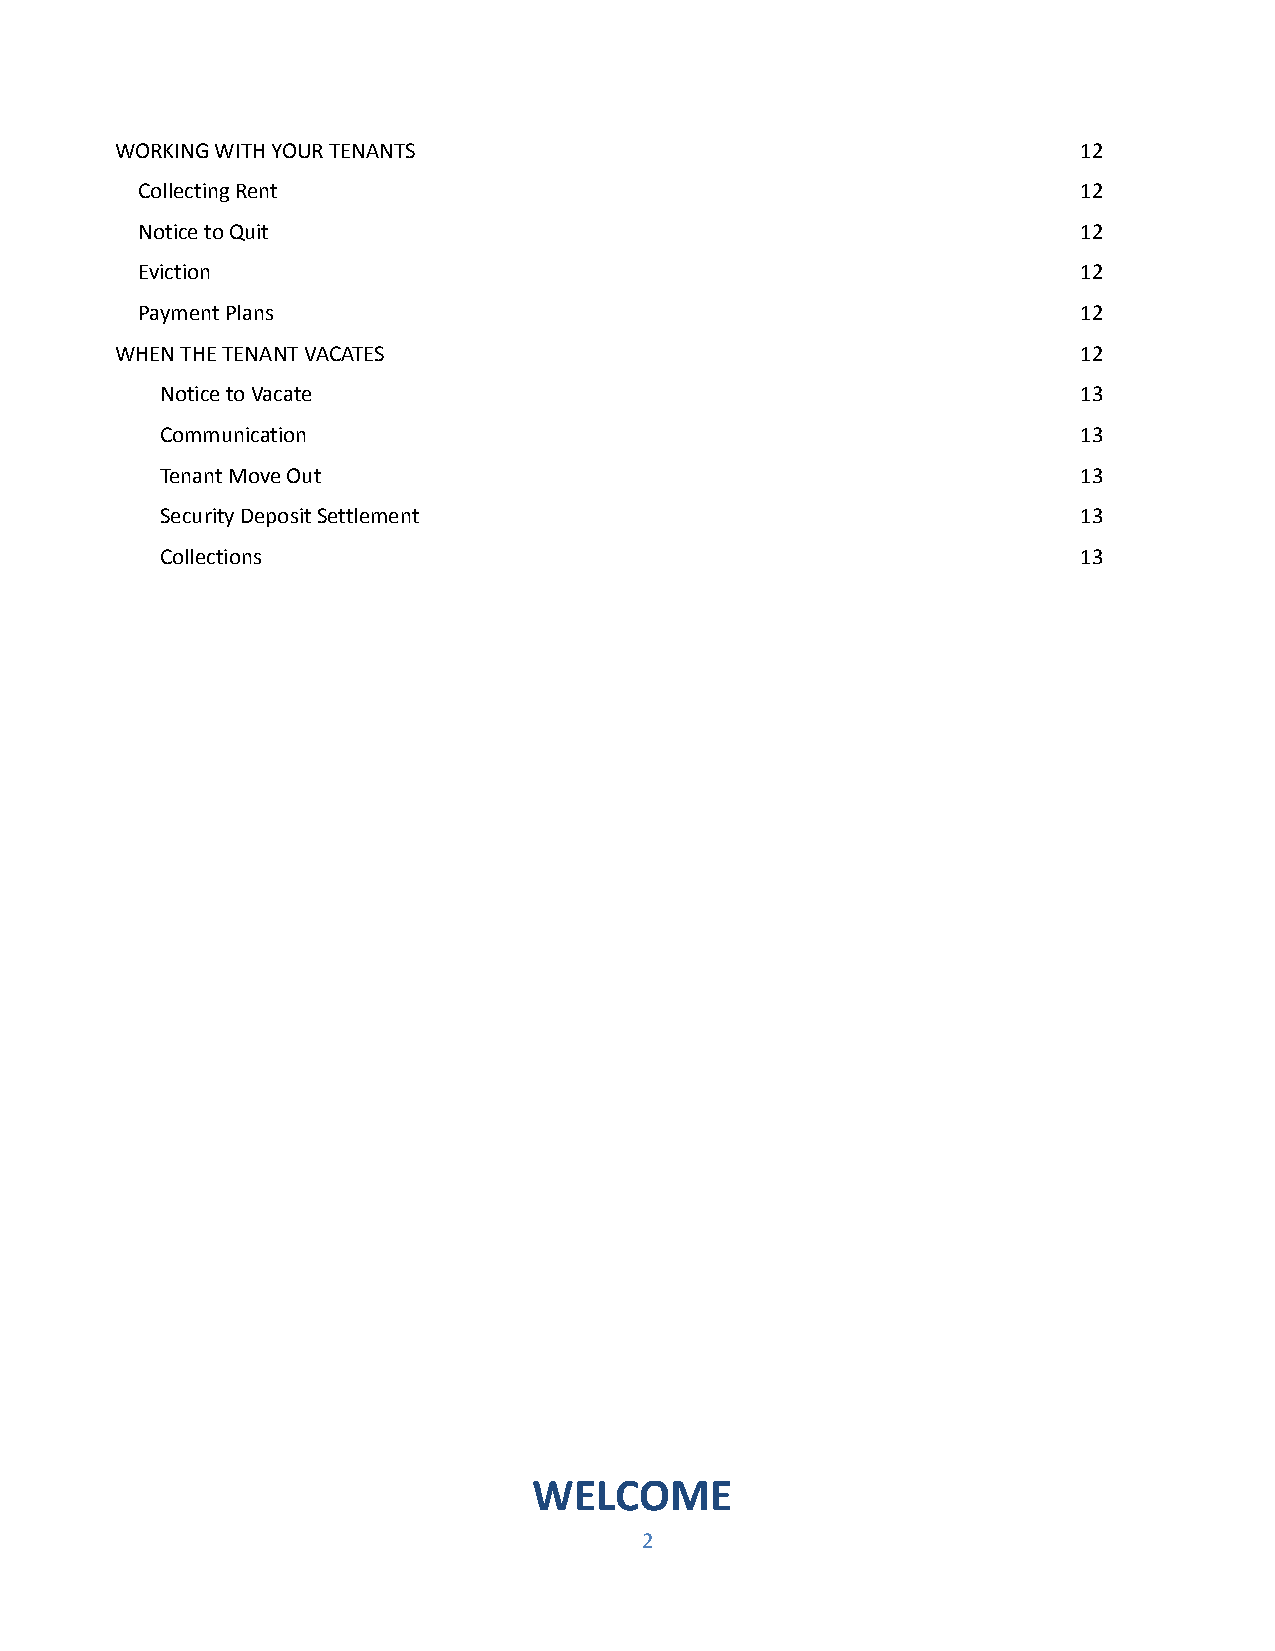
WORKING WITH YOUR TENANTS                                       12
 Collecting Rent                                                12
 Notice to Quit                                                 12
 Eviction                                                       12
 Payment Plans                                                  12
 WHEN THE TENANT VACATES                                         12
 Notice to Vacate                                             13
 Communication                                                13
 Tenant Move Out                                              13
 Security Deposit Settlement                                  13
 Collections                                                  13
 WELCOME
 2